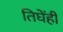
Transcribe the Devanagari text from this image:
तिघेंही